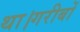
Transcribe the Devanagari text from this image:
था।गरीबों